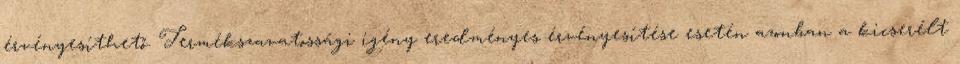
érvényesíthető. Termékszavatossági igény eredményes érvényesítése esetén azonban a kicserélt